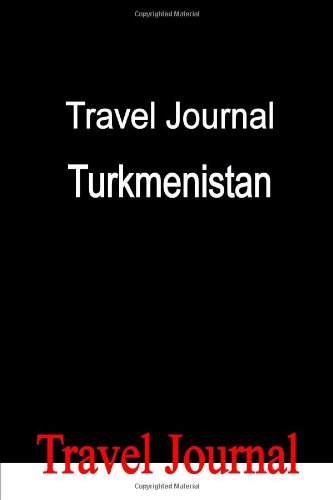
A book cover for Travel Journal Turkmenistan; E Locken; Travel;